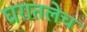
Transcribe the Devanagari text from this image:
घरातलेच